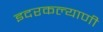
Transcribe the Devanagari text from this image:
इदरकल्याणी